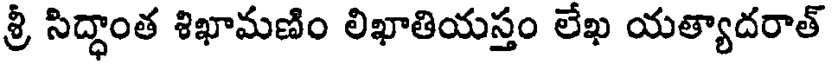
శ్రీ సిద్ధాంత శిఖామణిం లిఖాతియస్తం లేఖ యత్యాదరాత్